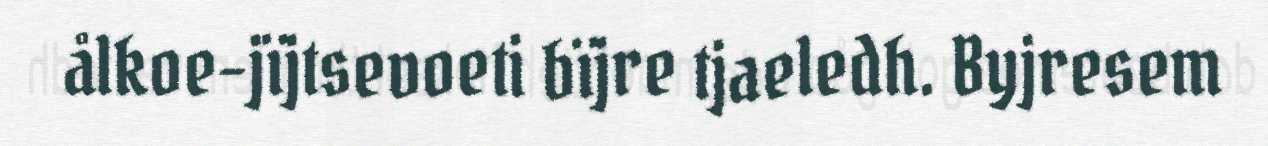
ålkoe-jïjtsevoeti bïjre tjaeledh. Byjresem